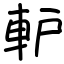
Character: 䡎